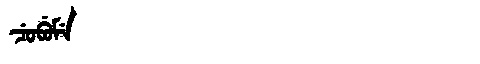
Manchu: ᠴᡠᠪᡠᠮᡝ
Romanization: CUBUME